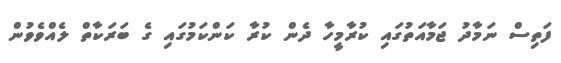
ފަތިސް ނަމާދު ޖަމާއަތުގައި ކުރާމީހާ ދެން ކުރާ ކަންކަމުގައި ގެ ބަރަކާތް ލެއްވެވުން